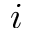
i